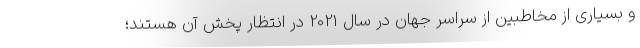
و بسیاری از مخاطبین از سراسر جهان در سال 2021 در انتظار پخش آن هستند؛